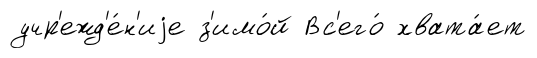
учр'ежд'е́н'иjе з'имо́й Вс'его́ хвата́ет